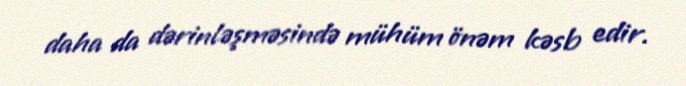
daha da dərinləşməsində mühüm önəm kəsb edir.